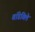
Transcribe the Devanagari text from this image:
वॉडेविले